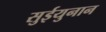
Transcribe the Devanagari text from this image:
सुईयुनान